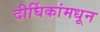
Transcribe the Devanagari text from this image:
दीर्घिकांमधून